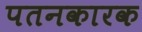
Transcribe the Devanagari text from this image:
पतनकारक